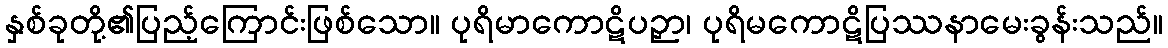
နှစ်ခုတို့၏ပြည့်ကြောင်းဖြစ်သော။ ပုရိမာကောဋိပဉှာ၊ ပုရိမကောဋိပြဿနာမေးခွန်းသည်။